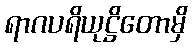
ရာဂပရိယုဋ္ဌိတောမှိ